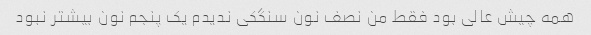
همه چیش عالی بود فقط من نصف نون سنگکی ندیدم یک پنجم نون بیشتر نبود